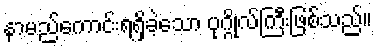
နာမည်ကောင်းရရှိခဲ့သော ပုဂ္ဂိုလ်ကြီးဖြစ်သည်။